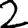
Digit: 2